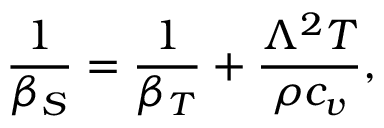
{ \frac { 1 } { \beta _ { S } } } = { \frac { 1 } { \beta _ { T } } } + { \frac { \Lambda ^ { 2 } T } { \rho c _ { v } } } ,